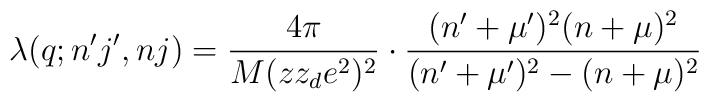
\lambda(q;n^{\prime}j^{\prime},nj) = \frac{4\pi}{M(zz_de^2)^2} \cdot \frac{(n^{\prime}+\mu^{\prime})^2 (n+\mu)^2}{(n^{\prime}+\mu^{\prime})^2 - (n+\mu)^2}